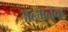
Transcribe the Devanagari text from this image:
अल्मनॅक